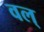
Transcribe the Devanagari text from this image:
वल्‌